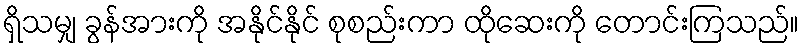
ရှိသမျှ ခွန်အားကို အနိုင်နိုင် စုစည်းကာ ထိုဆေးကို တောင်းကြသည်။